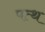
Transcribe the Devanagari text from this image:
पत्थ